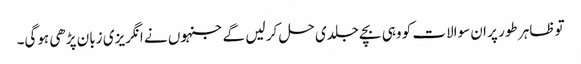
تو ظاہر طور پر ان سوالات کو وہی بچے جلدی حل کر لیں گے جنہوں نے انگریزی زبان پڑھی ہوگی۔